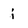
Character: i